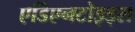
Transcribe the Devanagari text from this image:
एडिएनटोइड्स